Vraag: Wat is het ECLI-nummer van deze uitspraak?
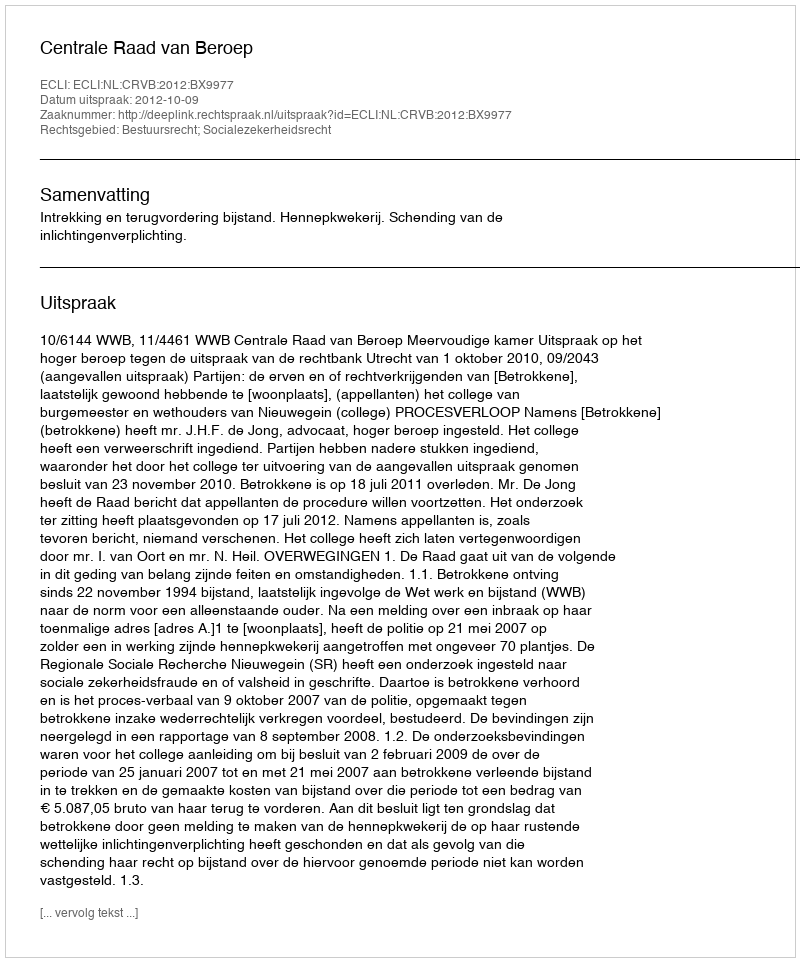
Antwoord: ECLI:NL:CRVB:2012:BX9977